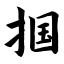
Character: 掴